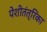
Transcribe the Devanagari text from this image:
पेशीतंत्रिका